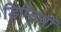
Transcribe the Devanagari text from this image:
डिप्टियों